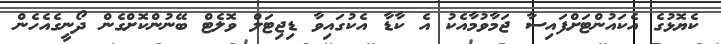
ކެޔޮޅުގެ އެކައުންޓަށްފައިސާ ޖަމާވުމާއެކު އެ ކާޑާ އެކުގައިވާ ޑިޖިޓަލް ވޮލެޓް ބޭނުންކޮށްގެން ދޯނީގެއެހެން